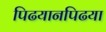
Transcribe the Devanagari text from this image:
पिढयानपिढया